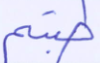
طبتم